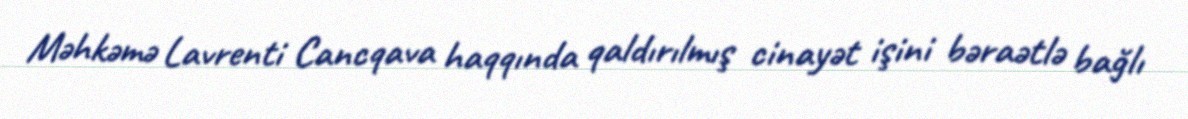
Məhkəmə Lavrenti Cancqava haqqında qaldırılmış cinayət işini bəraətlə bağlı